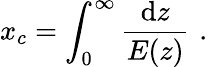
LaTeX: x_{c}=\int_{0}^{\infty}\frac{\mathrm{d}z}{E(z)}\, \, .